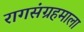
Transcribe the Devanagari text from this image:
रागसंग्रहमाला